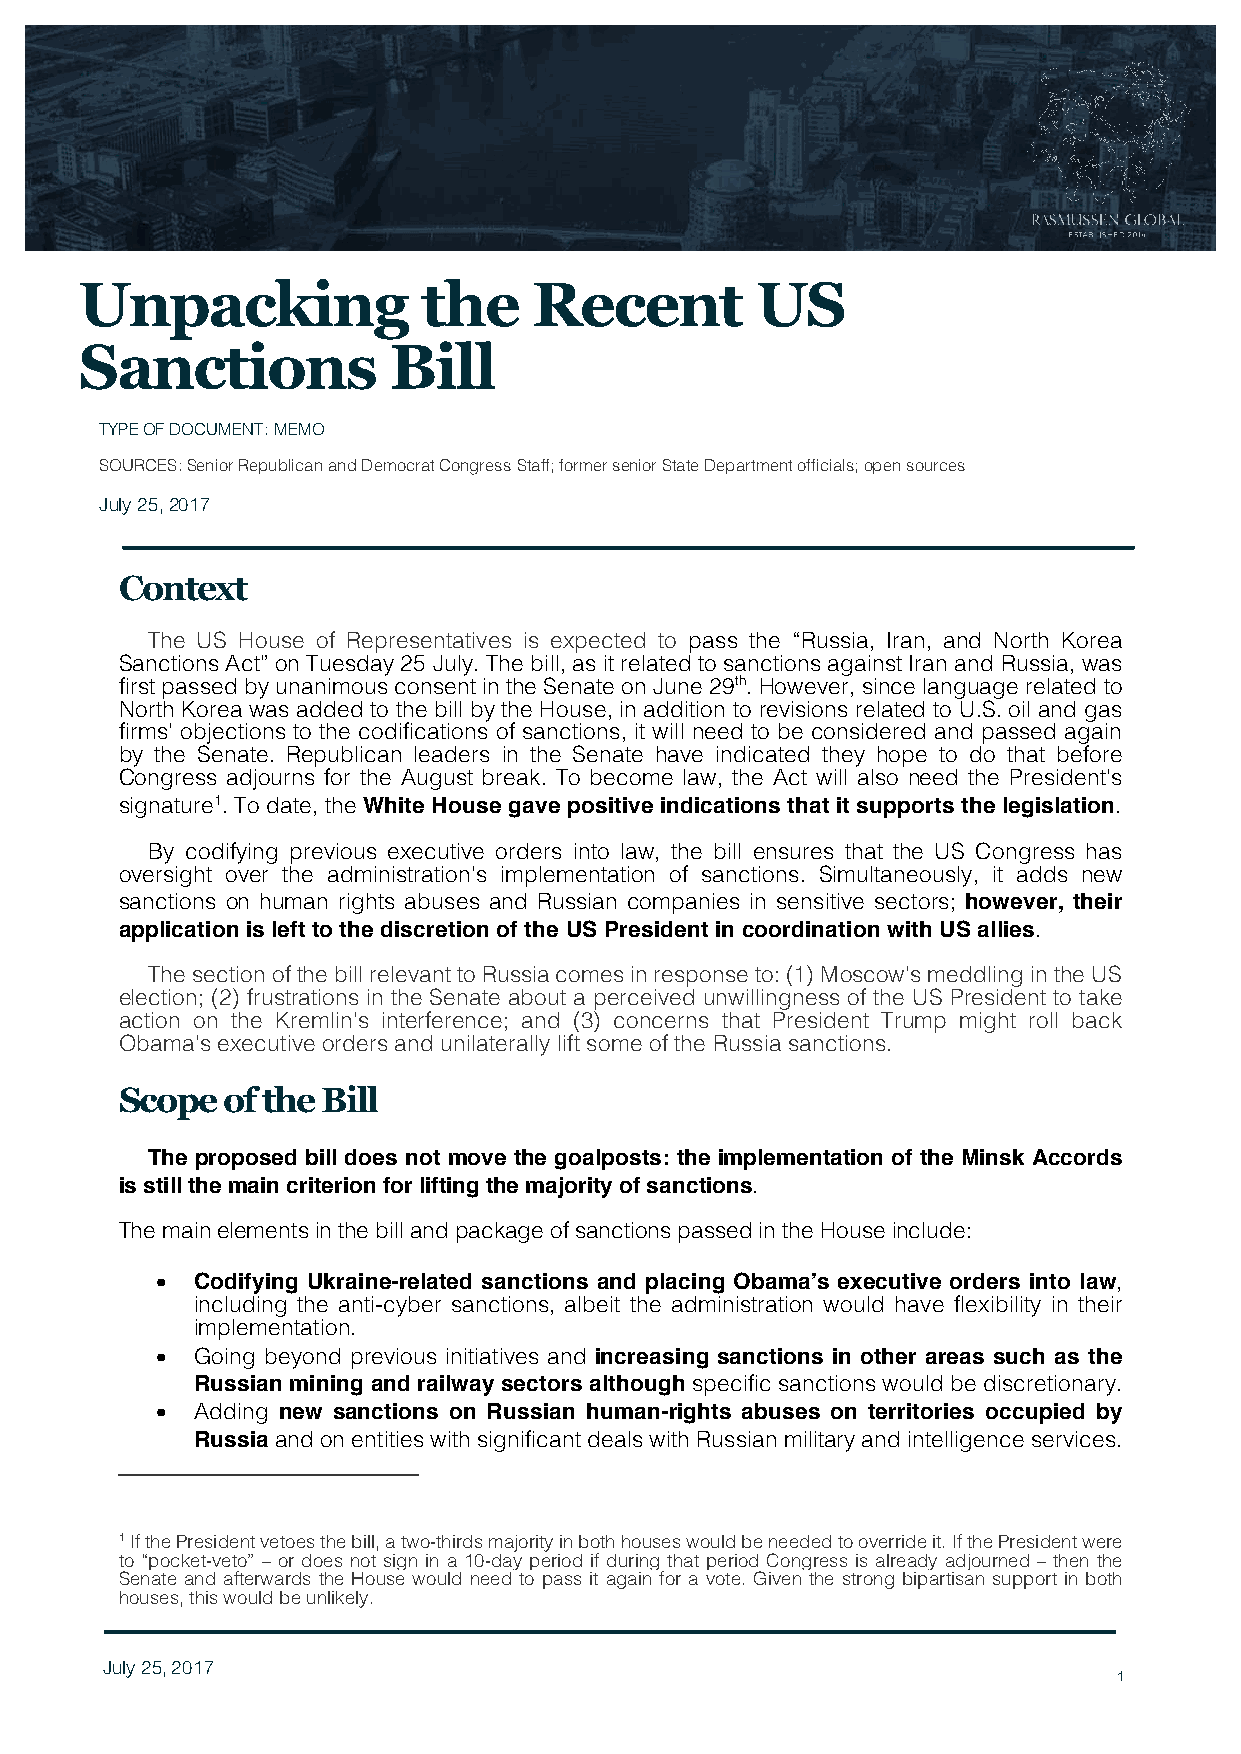
Unpacking              the    Recent         US
 Sanctions            Bill
 TYPE OF DOCUMENT: MEMO
 SOURCES: Senior Republican and Democrat Congress Staff; former senior State Department officials; open sources
 Ju ly 25, 2017
 Context
 The US House of Representatives is expected to pass the “Russia, Iran, and North Korea
 Sanctions Act” on Tuesday 25 July. The bill, as it related to sanctions against Iran and Russia, was
 first passed by unanimous consent in the Senate on June 29th. However, since language related to
 North Korea was added to the bill by the House, in addition to revisions related to U.S. oil and gas
 firms’ objections to the codifications of sanctions, it will need to be considered and passed again
 by the Senate. Republican leaders in the Senate have indicated they hope to do that before
 Congress adjourns for the August break. To become law, the Act will also need the President’s
 signature1. To date, the White House gave positive indications that it supports the legislation.
 By codifying previous executive orders into law, the bill ensures that the US Congress has
 oversight over the administration’s implementation of sanctions. Simultaneously, it adds new
 sanctions on human rights abuses and Russian companies in sensitive sectors; however, their
 application is left to the discretion of the US President in coordination with US allies.
 The section of the bill relevant to Russia comes in response to: (1) Moscow’s meddling in the US
 election; (2) frustrations in the Senate about a perceived unwillingness of the US President to take
 action on the Kremlin’s interference; and (3) concerns that President Trump might roll back
 Obama’s executive orders and unilaterally lift some of the Russia sanctions.
 Scope  of the Bill
 The proposed bill does not move the goalposts: the implementation of the Minsk Accords
 is still the main criterion for lifting the majority of sanctions.
 The main elements in the bill and package of sanctions passed in the House include:
 •  Codifying Ukraine-related sanctions and placing Obama’s executive orders into law,
 including the anti-cyber sanctions, albeit the administration would have flexibility in their
 implementation.
 •  Going beyond previous initiatives and increasing sanctions in other areas such as the
 Russian mining and railway sectors although specific sanctions would be discretionary.
 •  Adding new sanctions on Russian human-rights abuses on territories occupied by
 Russia and on entities with significant deals with Russian military and intelligence services.
 1 If the President vetoes the bill, a two-thirds majority in both houses would be needed to override it. If the President were
 to “pocket-veto” – or does not sign in a 10-day period if during that period Congress is already adjourned – then the
 Senate and afterwards the House would need to pass it again for a vote. Given the strong bipartisan support in both
 houses, this would be unlikely.
 July 25, 2017
 1